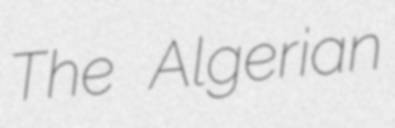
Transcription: The Algerian